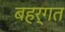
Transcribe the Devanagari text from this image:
बहर्गत